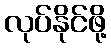
လုပ်နိုင်ဖို့